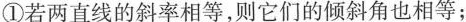
①若两直线的斜率相等，则它们的倾斜角也相等；